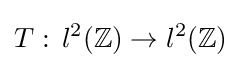
T:\,l^{2}(\mathbb {Z} )\to l^{2}(\mathbb {Z} )